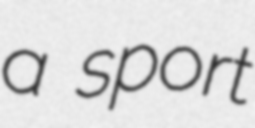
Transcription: a sport